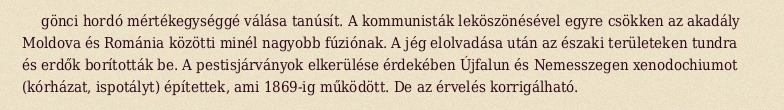
gönci hordó mértékegységgé válása tanúsít. A kommunisták leköszönésével egyre csökken az akadály Moldova és Románia közötti minél nagyobb fúziónak. A jég elolvadása után az északi területeken tundra és erdők borították be. A pestisjárványok elkerülése érdekében Újfalun és Nemesszegen xenodochiumot (kórházat, ispotályt) építettek, ami 1869-ig működött. De az érvelés korrigálható.